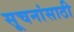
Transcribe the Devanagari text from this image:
सूचनांसाठी